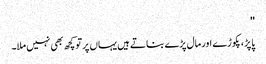
''
پاپڑ، پکوڑے اور مال پڑے بناتے ہیں یہاں پر تو کچھ بھی نہیں ملا۔